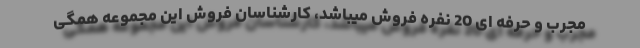
مجرب و حرفه ای 20 نفره فروش میباشد، کارشناسان فروش این مجموعه همگی